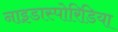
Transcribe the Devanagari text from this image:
नाइडास्पोरिडिया